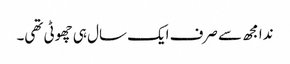
ندا مجھ سے صرف ایک سال ہی چھوٹی تھی۔